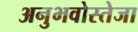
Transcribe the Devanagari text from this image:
अनुभवोस्तेजा